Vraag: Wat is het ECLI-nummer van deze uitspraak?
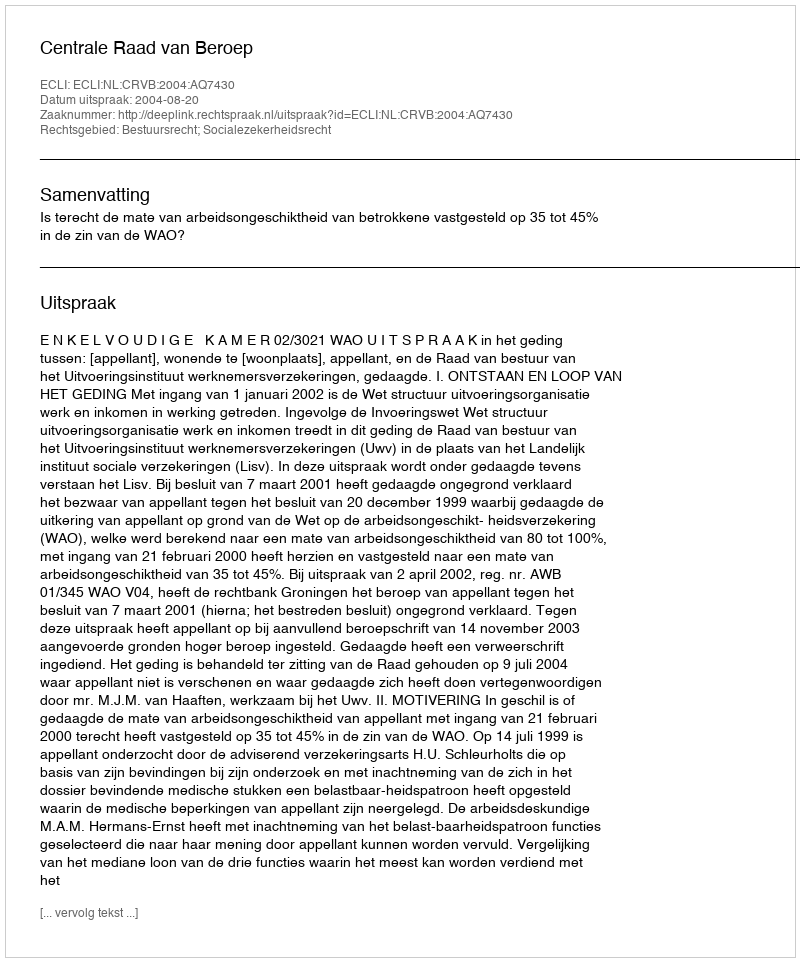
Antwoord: ECLI:NL:CRVB:2004:AQ7430